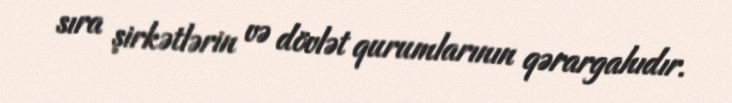
sıra şirkətlərin və dövlət qurumlarının qərargahıdır.